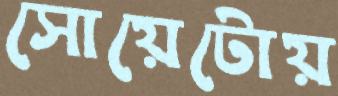
সোয়েটোয়